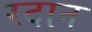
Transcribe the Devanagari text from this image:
रदान